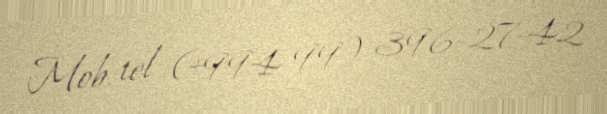
Mob. tel (+994 99) 396-27-42